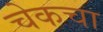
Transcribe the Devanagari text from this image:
चेकचा